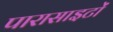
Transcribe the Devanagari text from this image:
पारासाइटों